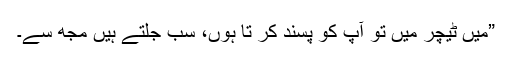
”میں ٹیچر میں تو آپ کو پسند کر تا ہوں، سب جلتے ہیں مجھ سے۔